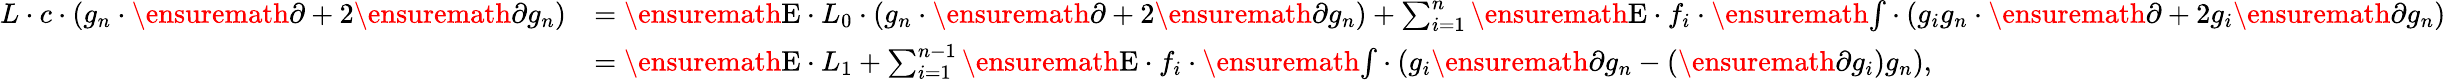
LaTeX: \begin{array}{rl}{L\cdot{c}\cdot(g_{n}\cdot\ensuremath{\partial}+2\ensuremath{\partial}{g_{n}})}&{=\ensuremath{{\mathrm{E}}}\cdot{L_{0}}\cdot(g_{n}\cdot\ensuremath{\partial}+2\ensuremath{\partial}{g_{n}})+\sum_{i=1}^{n}\ensuremath{{\mathrm{E}}}\cdot{f_{i}}\cdot\ensuremath{{\textstyle\int}}\cdot(g_{i}g_{n}\cdot\ensuremath{\partial}+2g_{i}\ensuremath{\partial}{g_{n}})}\\ &{=\ensuremath{{\mathrm{E}}}\cdot{L_{1}}+\sum_{i=1}^{n-1}\ensuremath{{\mathrm{E}}}\cdot{f_{i}}\cdot\ensuremath{{\textstyle\int}}\cdot(g_{i}\ensuremath{\partial}{g_{n}}-(\ensuremath{\partial}{g_{i}})g_{n}),}\end{array}